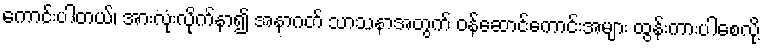
ကောင်းပါတယ်၊ အားလုံးလိုက်နာ၍ အနာဂတ် သာသနာအတွက် ဝန်ဆောင်ကောင်းအများ ထွန်းကားပါစေလို့